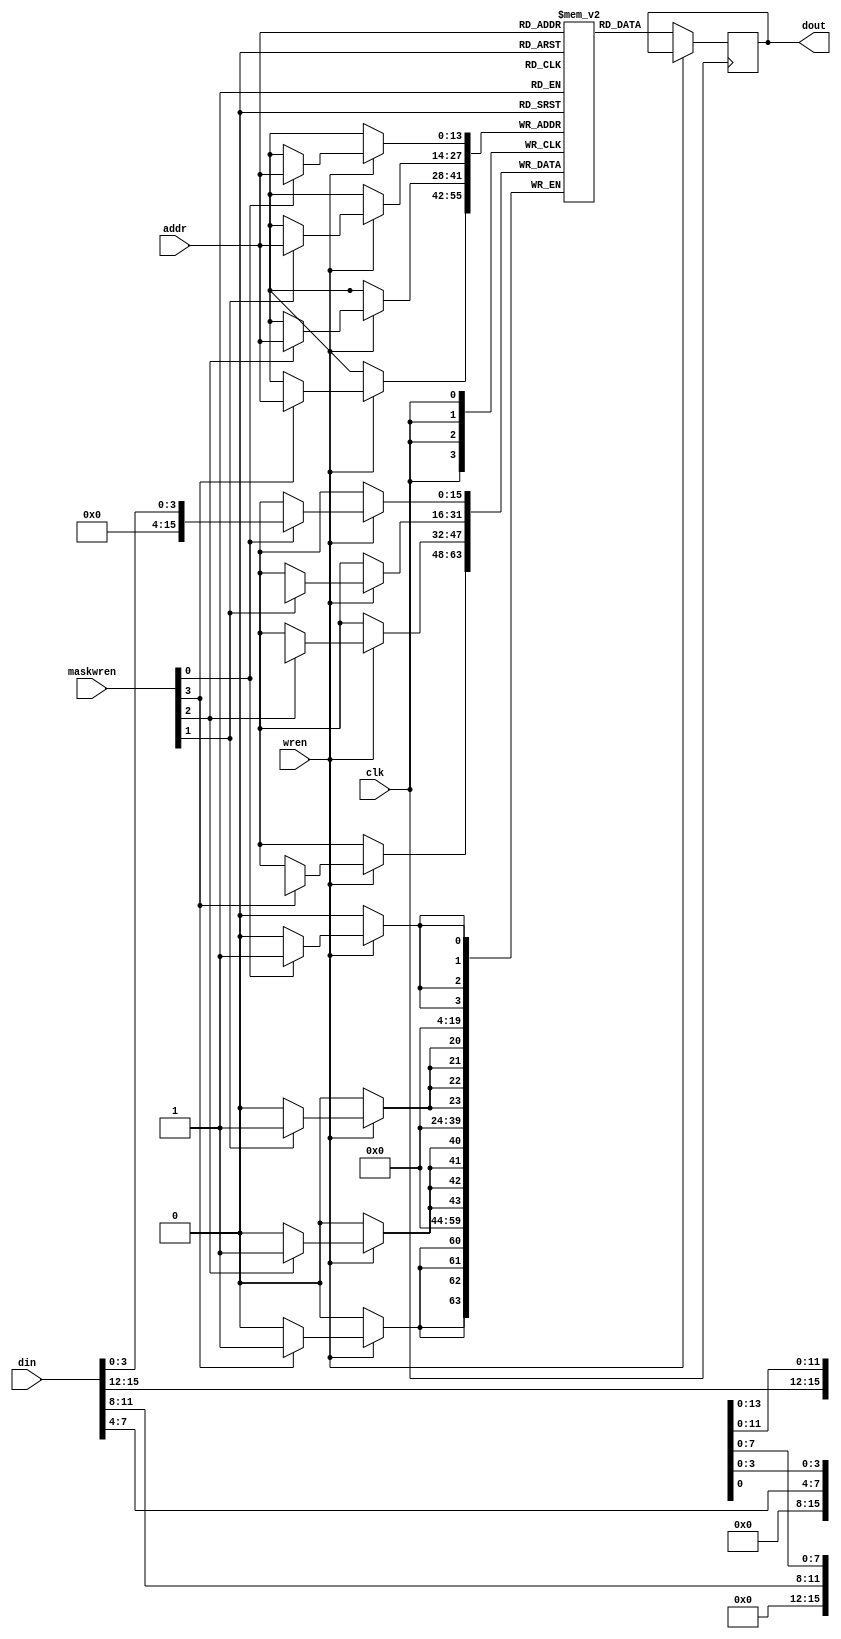
// This program was cloned from: https://github.com/rongcuid/riscv-megaproject
// License: BSD 3-Clause "New" or "Revised" License

module SPRAM_16Kx16
  (
   input wire [13:0] addr,
   input wire [15:0] din,
   input wire [3:0] maskwren,
   input wire wren,
   input wire clk,
   output reg [15:0] dout
   );
   
   reg [15:0] 	     RAM [16383:0] /*verilator public*/;

   always @ (posedge clk) begin
      if (wren) begin
	 if (maskwren[0]) RAM[addr][0+:4]   <= din[0+:4];
	 if (maskwren[1]) RAM[addr][4+:4]   <= din[4+:4];
	 if (maskwren[2]) RAM[addr][8+:4]   <= din[8+:4];
	 if (maskwren[3]) RAM[addr][12+:4]   <= din[12+:4];
      end
      else begin
	dout <= RAM[addr];
      end
   end
endmodule // SB_SPRAM256KA